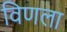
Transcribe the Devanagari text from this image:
विणला